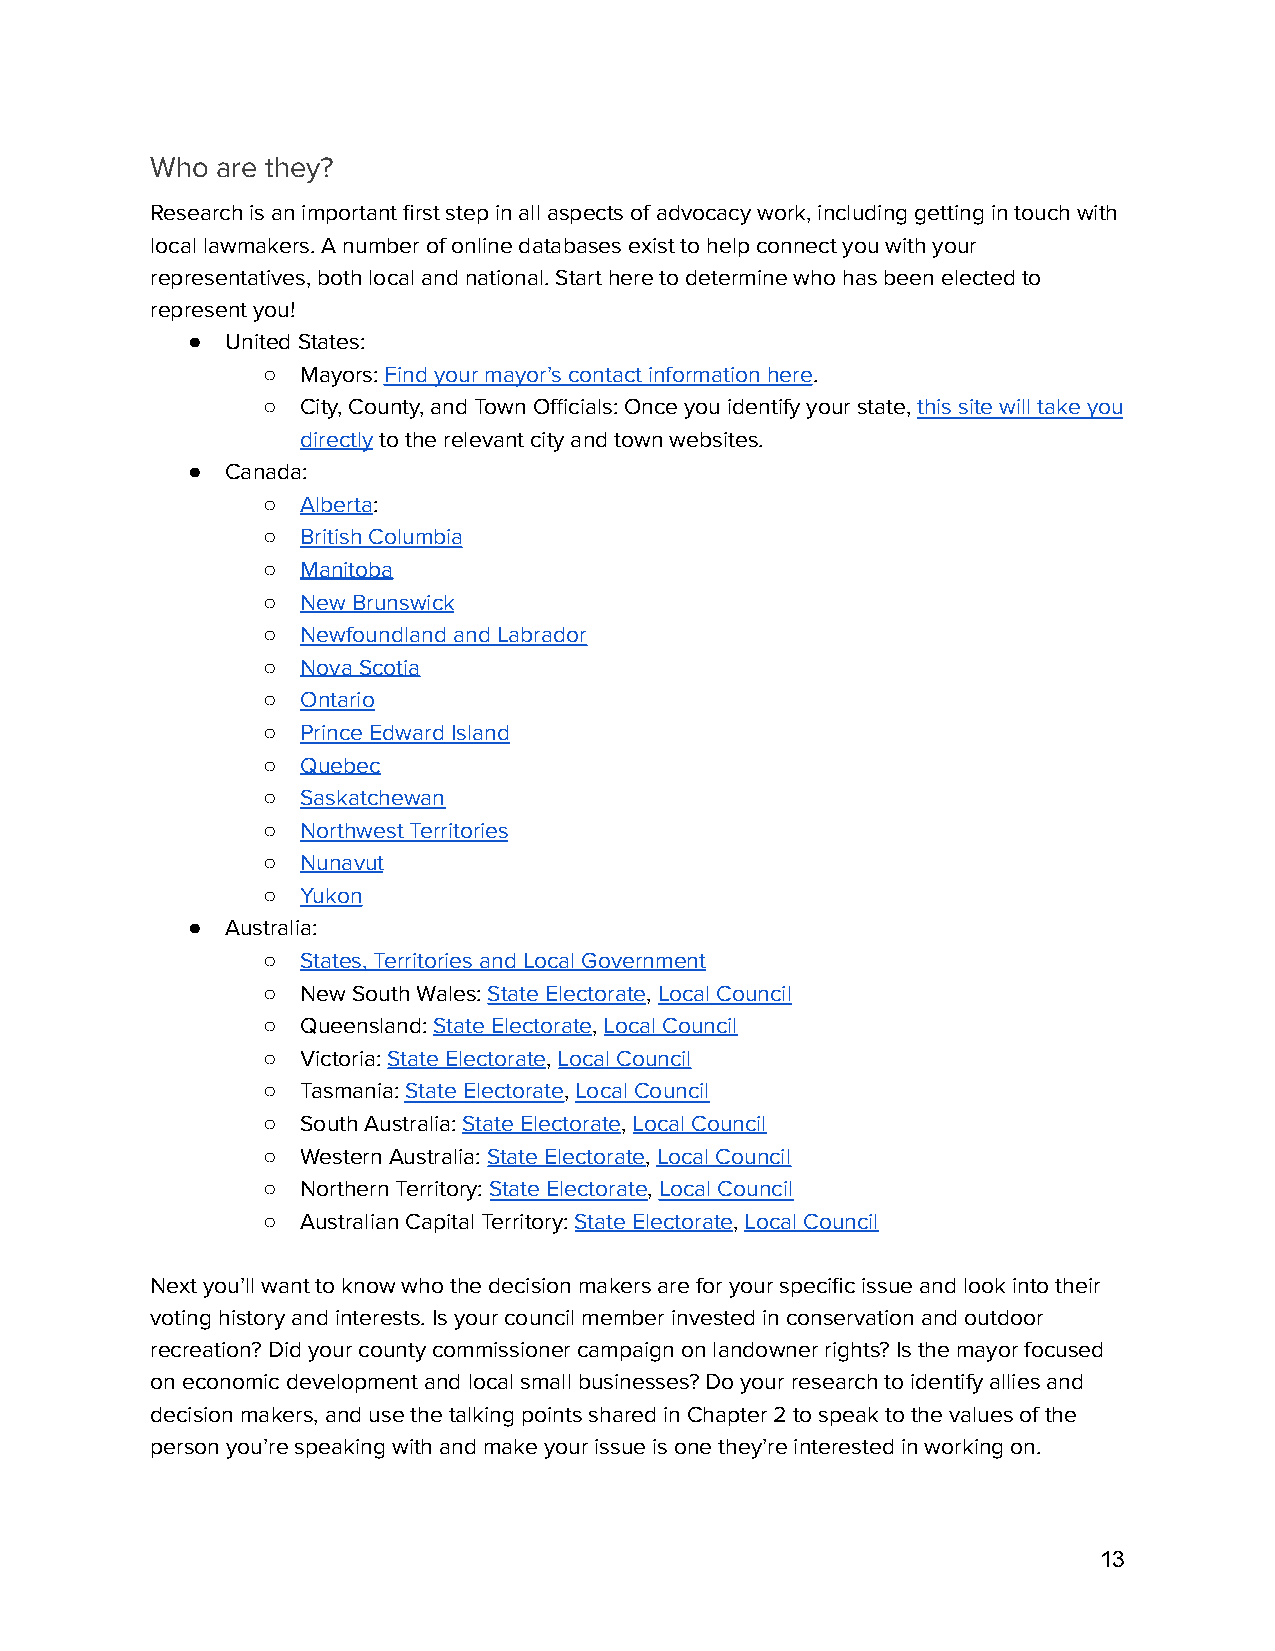
Who are they?
 Research is an important first step in all aspects of advocacy work, including getting in touch with
 local lawmakers. A number of online databases exist to help connect you with your
 representatives, both local and national. Start here to determine who has been elected to
 represent you!
 ●  United States:
 ○  Mayors:Find your mayor’s contact information here.
 ○  City, County, and Town Officials: Once you identify your state,this site will take you
 directlyto the relevant city and town websites.
 ●  Canada:
 ○  Alberta:
 ○  British Columbia
 ○  Manitoba
 ○  New Brunswick
 ○  Newfoundland and Labrador
 ○  Nova Scotia
 ○  Ontario
 ○  Prince Edward Island
 ○  Quebec
 ○  Saskatchewan
 ○  Northwest Territories
 ○  Nunavut
 ○  Yukon
 ●  Australia:
 ○  States, Territories and Local Government
 ○  New South Wales:State Electorate,Local Council
 ○  Queensland:State Electorate,Local Council
 ○  Victoria:State Electorate,Local Council
 ○  Tasmania:State Electorate,Local Council
 ○  South Australia:State Electorate,Local Council
 ○  Western Australia:State Electorate,Local Council
 ○  Northern Territory:State Electorate,Local Council
 ○  Australian Capital Territory:State Electorate,LocalCouncil
 Next you’ll want to know who the decision makers are for your specific issue and look into their
 voting history and interests. Is your council member invested in conservation and outdoor
 recreation? Did your county commissioner campaign on landowner rights? Is the mayor focused
 on economic development and local small businesses? Do your research to identify allies and
 decision makers, and use the talking points shared in Chapter 2 to speak to the values of the
 person you’re speaking with and make your issue is one they’re interested in working on.
 13